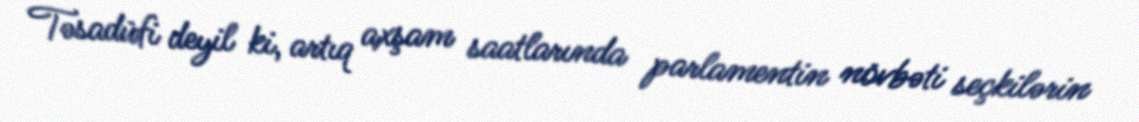
Təsadüfi deyil ki, artıq axşam saatlarında parlamentin növbəti seçkilərin